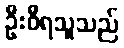
ဦးဝီရသူသည်